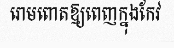
រោមពោតឱ្យពេញក្នុងកែវ